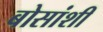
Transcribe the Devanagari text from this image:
बोसांशी